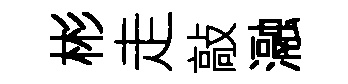
彬走敲瀜